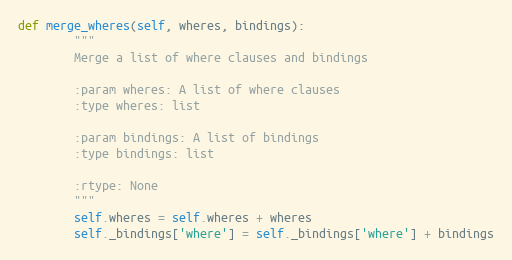
Language: Python
def merge_wheres(self, wheres, bindings):
        """
        Merge a list of where clauses and bindings

        :param wheres: A list of where clauses
        :type wheres: list

        :param bindings: A list of bindings
        :type bindings: list

        :rtype: None
        """
        self.wheres = self.wheres + wheres
        self._bindings['where'] = self._bindings['where'] + bindings